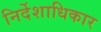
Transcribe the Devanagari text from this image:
निर्देशाधिकार